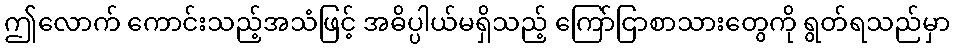
ဤလောက် ကောင်းသည့်အသံဖြင့် အဓိပ္ပါယ်မရှိသည့် ကြော်ငြာစာသားတွေကို ရွတ်ရသည်မှာ